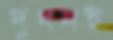
দুধনই